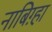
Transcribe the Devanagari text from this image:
नाबिग़्हा